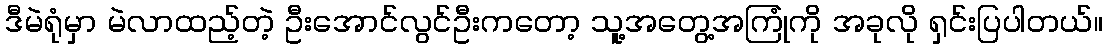
ဒီမဲရုံမှာ မဲလာထည့်တဲ့ ဦးအောင်လွင်ဦးကတော့ သူ့အတွေ့အကြုံကို အခုလို ရှင်းပြပါတယ်။